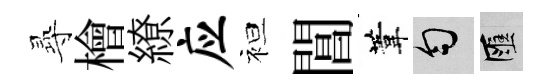
𡬶檜繚应袒閶葦匀匯